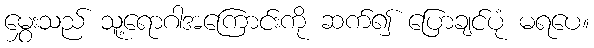
မွှေးသည် သူ့ရောဂါအကြောင်းကို ဆက်၍ ပြောချင်ပုံ မရပေ။